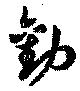
勧